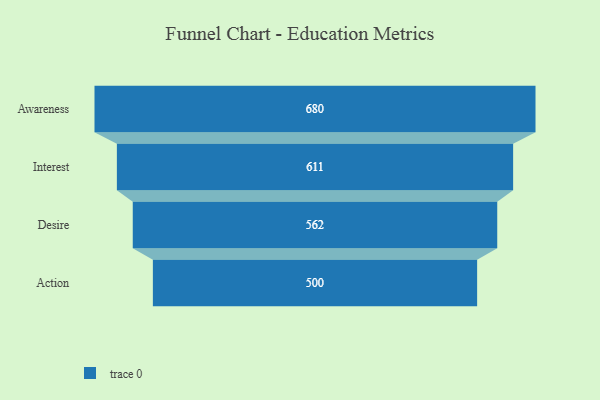
{"axis": {"x": "Stage", "y": "Value"}, "legend": [""], "data": [{"x": "Awareness", "y": 680.0, "type": ""}, {"x": "Interest", "y": 611.0, "type": ""}, {"x": "Desire", "y": 562.0, "type": ""}, {"x": "Action", "y": 500, "type": ""}]}